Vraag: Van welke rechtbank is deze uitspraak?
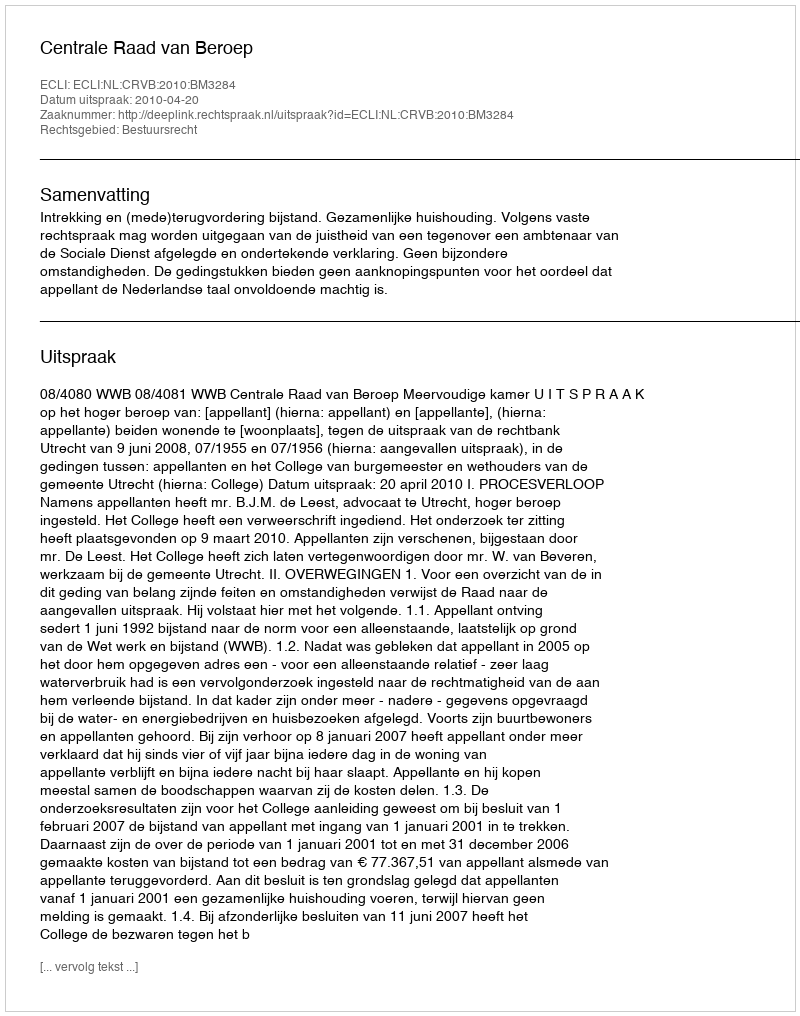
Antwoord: Centrale Raad van Beroep